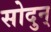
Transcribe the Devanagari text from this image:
सोदुन्